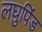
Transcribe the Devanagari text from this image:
लघुपिंड